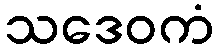
သဒေဝကံ